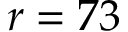
r = 7 3